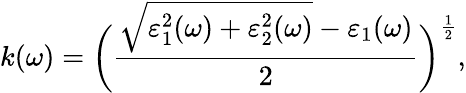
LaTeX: k(\omega)=\bigg(\frac{\sqrt{\varepsilon_{1}^{2}(\omega)+\varepsilon_{2}^{2}(\omega)}-\varepsilon_{1}(\omega)}{2}\bigg)^{\frac{1}{2}},